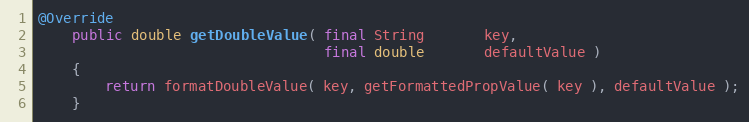
Language: Java
@Override
    public double getDoubleValue( final String       key,
                                  final double       defaultValue )
    {
        return formatDoubleValue( key, getFormattedPropValue( key ), defaultValue );
    }